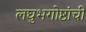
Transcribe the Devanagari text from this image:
लघुभगोष्ठांची